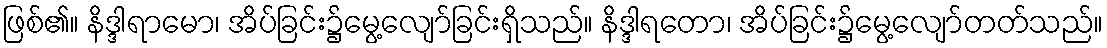
ဖြစ်၏။ နိဒ္ဒါရာမော၊ အိပ်ခြင်း၌မွေ့လျော်ခြင်းရှိသည်။ နိဒ္ဒါရတော၊ အိပ်ခြင်း၌မွေ့လျော်တတ်သည်။